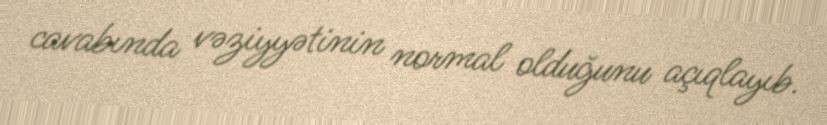
cavabında vəziyyətinin normal olduğunu açıqlayıb.